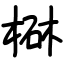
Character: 㮟